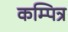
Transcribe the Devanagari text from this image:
कम्पित्र